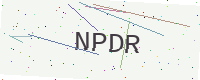
Text: NPDR